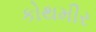
કોથમીર